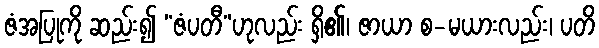
ဇံအပြုကို ဆည်း၍ “ဇံပတီ”ဟုလည်း ရှိ၏၊ ဇာယာ စ-မယားလည်း၊ ပတိ